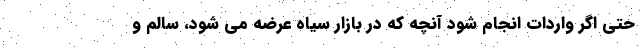
حتی اگر واردات انجام شود آنچه که در بازار سیاه عرضه می شود، سالم و